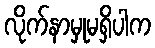
လိုက်နာမှုမရှိပါက